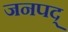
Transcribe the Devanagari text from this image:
जनपद्